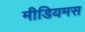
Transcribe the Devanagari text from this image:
मीडियमस